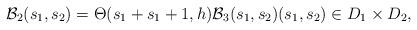
LaTeX: \begin{align*} \mathcal{B}_2(s_1,s_2) = \Theta(s_1+s_1+1,h) \mathcal{B}_3(s_1,s_2) (s_1,s_2) \in D_1 \times D_2,\end{align*}